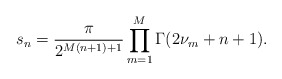
\begin{align*}s_{n}=\frac{\pi}{2^{M(n+1)+1}}\prod_{m=1}^M\Gamma(2\nu_m+n+1).\end{align*}